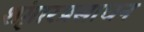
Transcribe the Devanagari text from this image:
शृंगारप्रसाधन